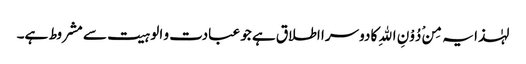
لہٰذا یہ مِنْ دُوْنِ اللهِ کا دوسرا اطلاق ہے جو عبادت و الوہیت سے مشروط ہے۔